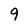
Character: 9